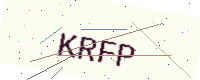
Text: KRFP